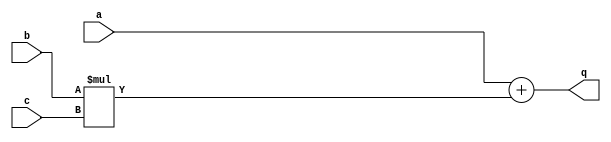
module ex2(q, a, b, c);
   output [3:0] q;
   input [1:0] 	 a, b, c;  
   assign q = a + b * c;
endmodule